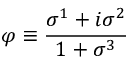
\varphi \equiv \frac { \sigma ^ { 1 } + i \sigma ^ { 2 } } { 1 + \sigma ^ { 3 } }